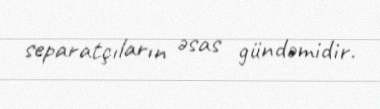
separatçıların əsas gündəmidir.